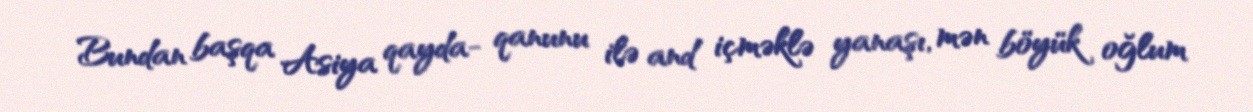
Bundan başqa Asiya qayda- qanunu ilə and içməklə yanaşı, mən böyük oğlum